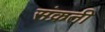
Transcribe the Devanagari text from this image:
संक्रती